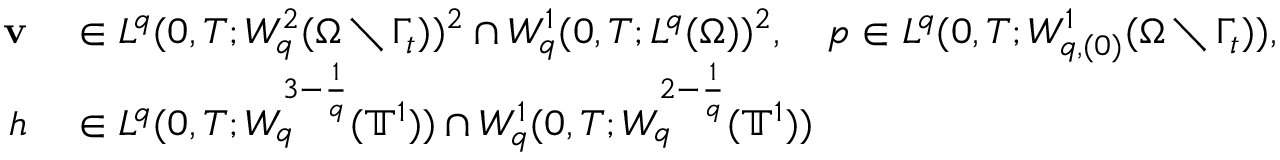
\begin{array} { r l } { \mathbf { v } } & { { } \in L ^ { q } ( 0 , T ; W _ { q } ^ { 2 } ( \Omega \setminus \Gamma _ { t } ) ) ^ { 2 } \cap W _ { q } ^ { 1 } ( 0 , T ; L ^ { q } ( \Omega ) ) ^ { 2 } , \quad p \in L ^ { q } ( 0 , T ; W _ { q , ( 0 ) } ^ { 1 } ( \Omega \setminus \Gamma _ { t } ) ) , } \\ { h } & { { } \in L ^ { q } ( 0 , T ; W _ { q } ^ { 3 - \frac 1 q } ( \ensuremath { \mathbb { T } } ^ { 1 } ) ) \cap W _ { q } ^ { 1 } ( 0 , T ; W _ { q } ^ { 2 - \frac 1 q } ( \ensuremath { \mathbb { T } } ^ { 1 } ) ) } \end{array}